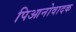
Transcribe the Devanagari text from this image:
पिआनोवादक